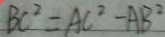
B C ^ { 2 } = A C ^ { 2 } - A B ^ { 2 }